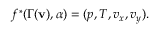
f ^ { * } ( \Gamma ( \mathbf { v } ) , \alpha ) = ( p , T , v _ { x } , v _ { y } ) .